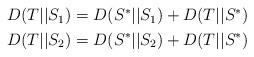
LaTeX: \begin{align*} \begin{aligned} D(T||S_1) &= D(S^*||S_1) + D(T||S^*) \\ D(T||S_2) &= D(S^*||S_2) + D(T||S^*) \end{aligned}\end{align*}